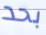
بحد